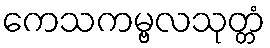
ကေသကမ္ဗလသုတ္တံ